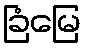
ခြံမြေ